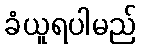
ခံယူရပါမည်